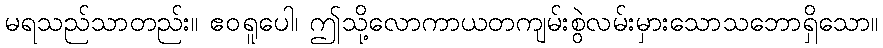
မရသည်သာတည်း။ ဧဝရူပေါ၊ ဤသို့လောကာယတကျမ်းစွဲလမ်းမှားသောသဘောရှိသော။